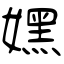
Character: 嫼